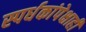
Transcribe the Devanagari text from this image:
स्पर्धकांपेक्षाही